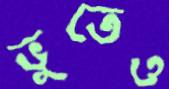
ভুতেও